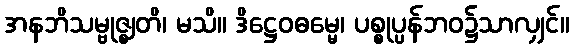
အနဘိသမ္ဗုဇ္ဈတိ၊ မသိ။ ဒိဋ္ဌေဝဓမ္မေ၊ ပစ္စုပ္ပန်ဘဝ၌သာလျှင်။